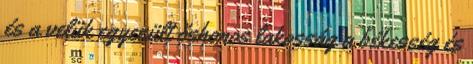
és a velük egyesült őshonos lakosság a békesség és